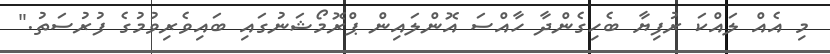
މި އެއް ލައްކަ ރުފިޔާ ބެހިގެންދާ ހާއްސަ އޮންލައިން ޕްރޮމޯޝަނުގައި ބައިވެރިވުމުގެ ފުރުސަތު."